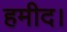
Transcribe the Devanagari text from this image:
हमीद।